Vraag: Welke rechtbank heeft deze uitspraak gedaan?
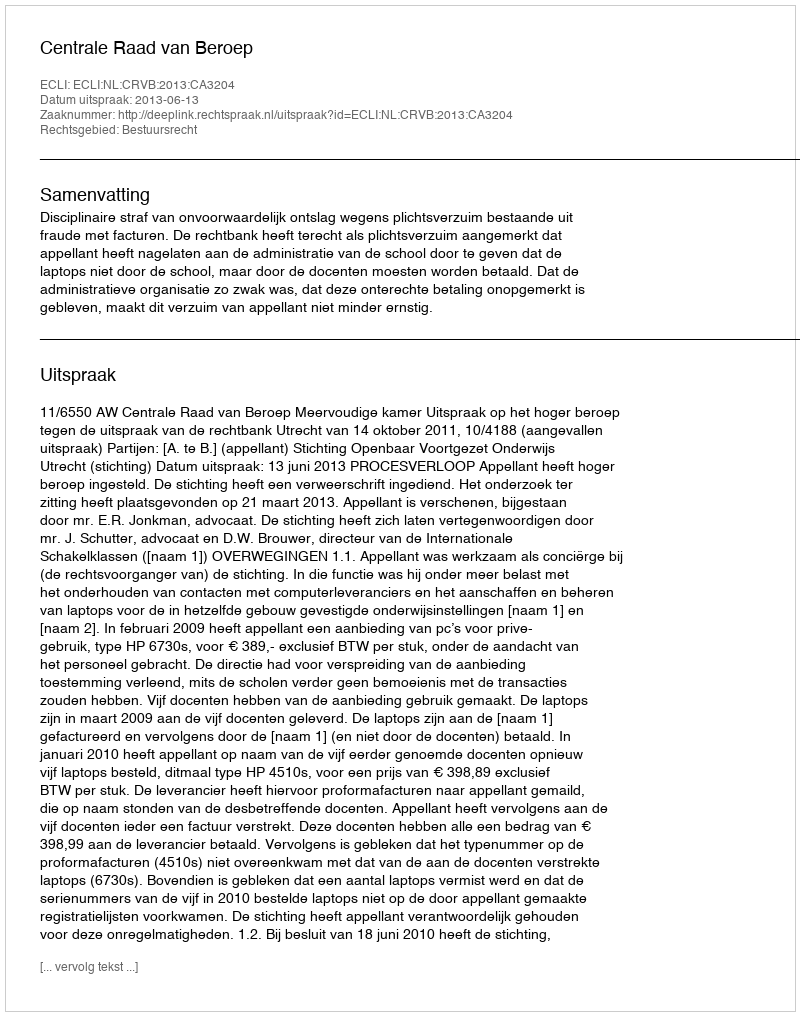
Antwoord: Centrale Raad van Beroep